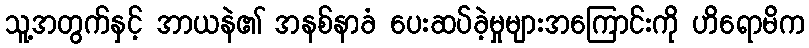
သူ့အတွက်နှင့် အာယနဲ၏ အနစ်နာခံ ပေးဆပ်ခဲ့မှုများအကြောင်းကို ဟိရောမိက